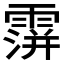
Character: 𩅅